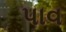
પાવ